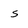
Character: s